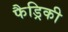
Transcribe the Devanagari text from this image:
फैड्रिकी